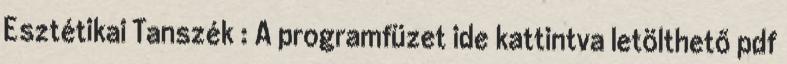
Esztétikai Tanszék : A programfüzet ide kattintva letölthető pdf